65_HS1-834228961_62-HQ-83894_Section_5
Agency: FBI
Page 42
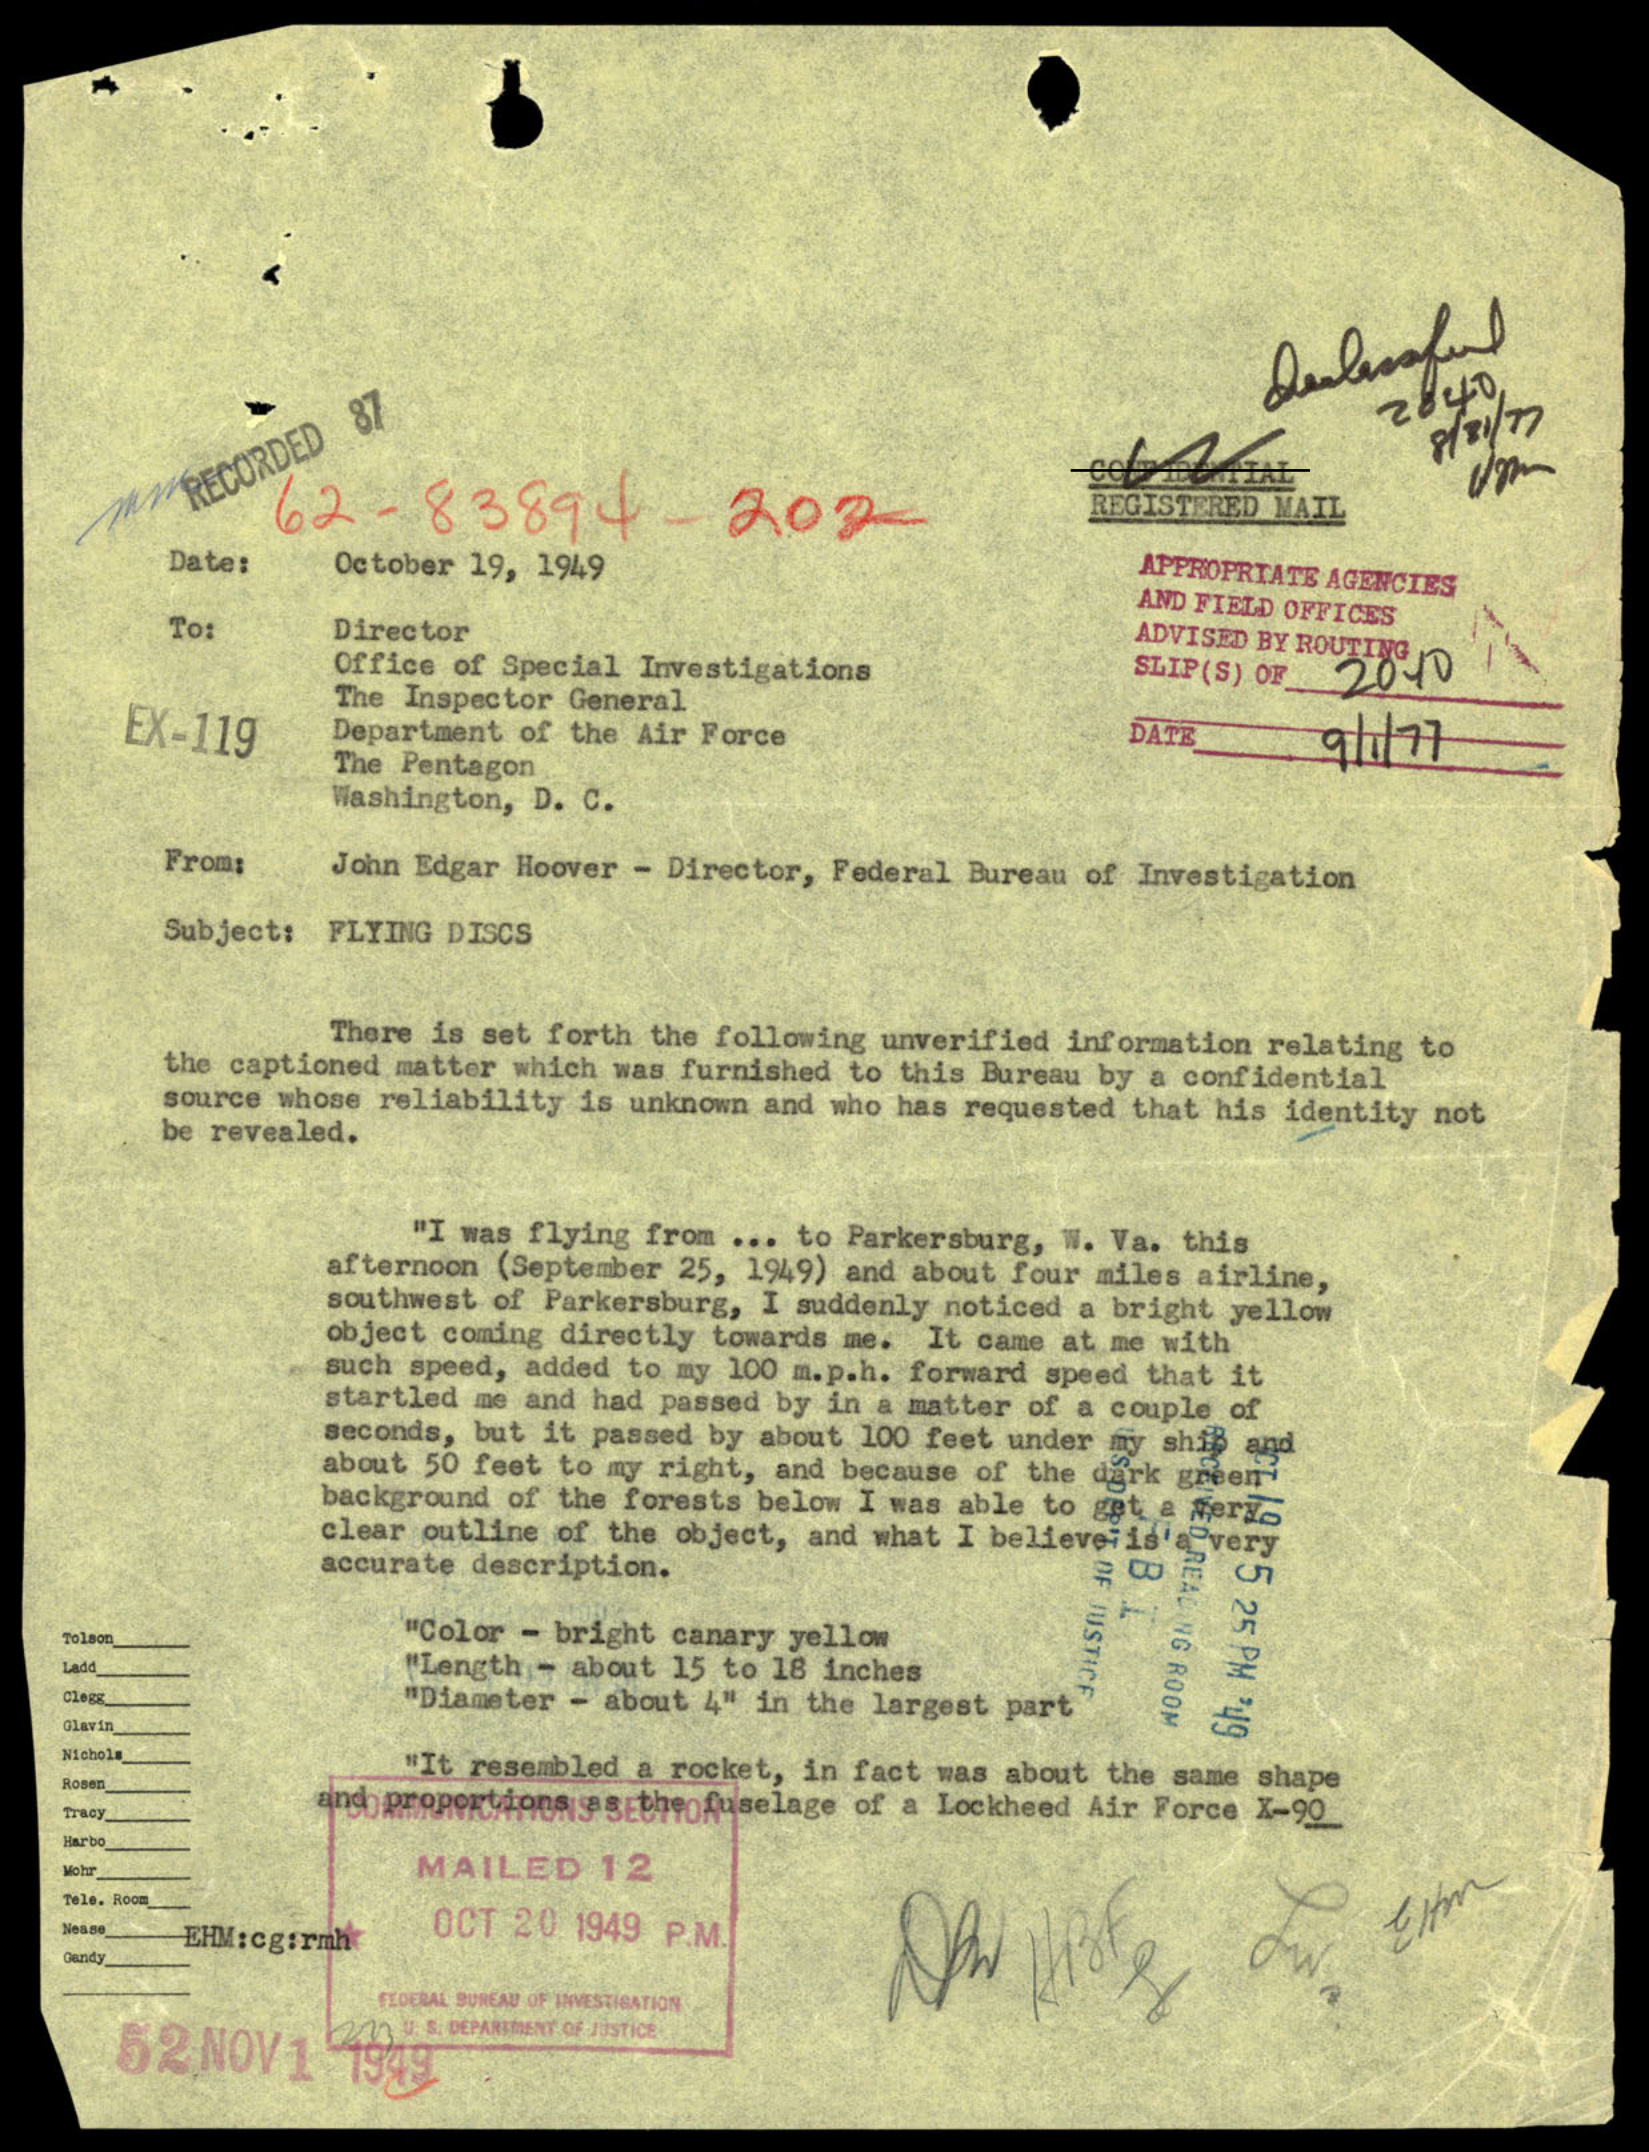